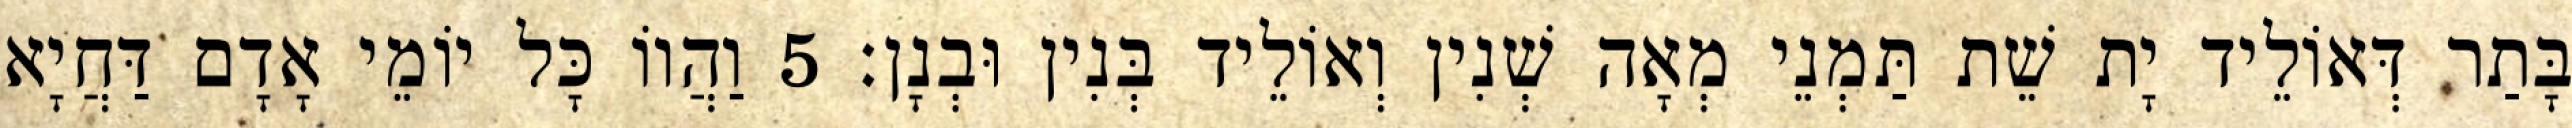
בָּתַר דְּאוֹלֵיד יָת שֵׁת תַּמְנֵי מְאָה שְׁנִין וְאוֹלֵיד בְּנִין וּבְנָן׃ 5 וַהֲווֹ כָּל יוֹמֵי אָדָם דַּחֲיָא